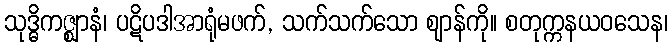
သုဒ္ဓိကဇ္ဈာနံ၊ ပဋိပဒါအာရုံမဖက်, သက်သက်သော ဈာန်ကို။ စတုက္ကနယဝသေန၊